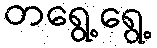
တရွေ့ရွေ့